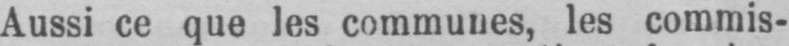
Aussi ce que les communes, les commis-